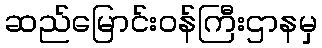
ဆည်မြောင်းဝန်ကြီးဌာနမှ